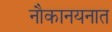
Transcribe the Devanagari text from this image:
नौकानयनात